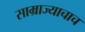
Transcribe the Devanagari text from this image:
साम्राज्याचाच